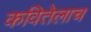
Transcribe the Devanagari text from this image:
कवितेलाच